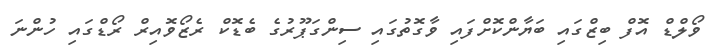
ވޯލްޑް އޮފް ބިޒްގައި ބަޔާންކޮށްފައި ވާގޮތުގައި ސިންގަޕޫރުގެ ބެޑޮކް ރެޒޯވޮއިރް ރޯޑްގައި ހުންނަ